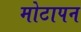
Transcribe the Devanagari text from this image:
मोटापन